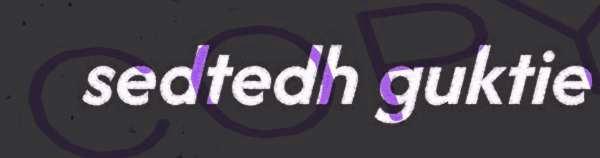
sedtedh guktie